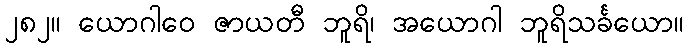
၂၈၂။ ယောဂါဝေ ဇာယတီ ဘူရိ၊ အယောဂါ ဘူရိသင်္ခယော။